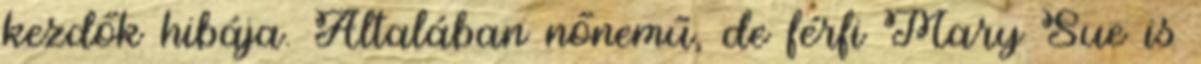
kezdők hibája. Általában nőnemű, de férfi Mary Sue is